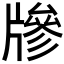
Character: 𤗲